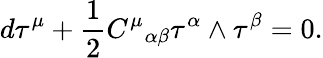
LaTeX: d{\mathbf\tau}^{\mu}+\frac{1}{2}{C^{\mu}}_{\alpha\beta}{\mathbf\tau}^{\alpha}\wedge{\mathbf\tau}^{\beta}=0.